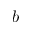
b